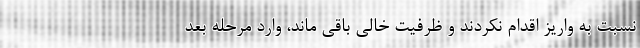
نسبت به واریز اقدام نکردند و ظرفیت خالی باقی ماند، وارد مرحله بعد